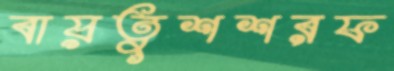
বায়তুশশরফ